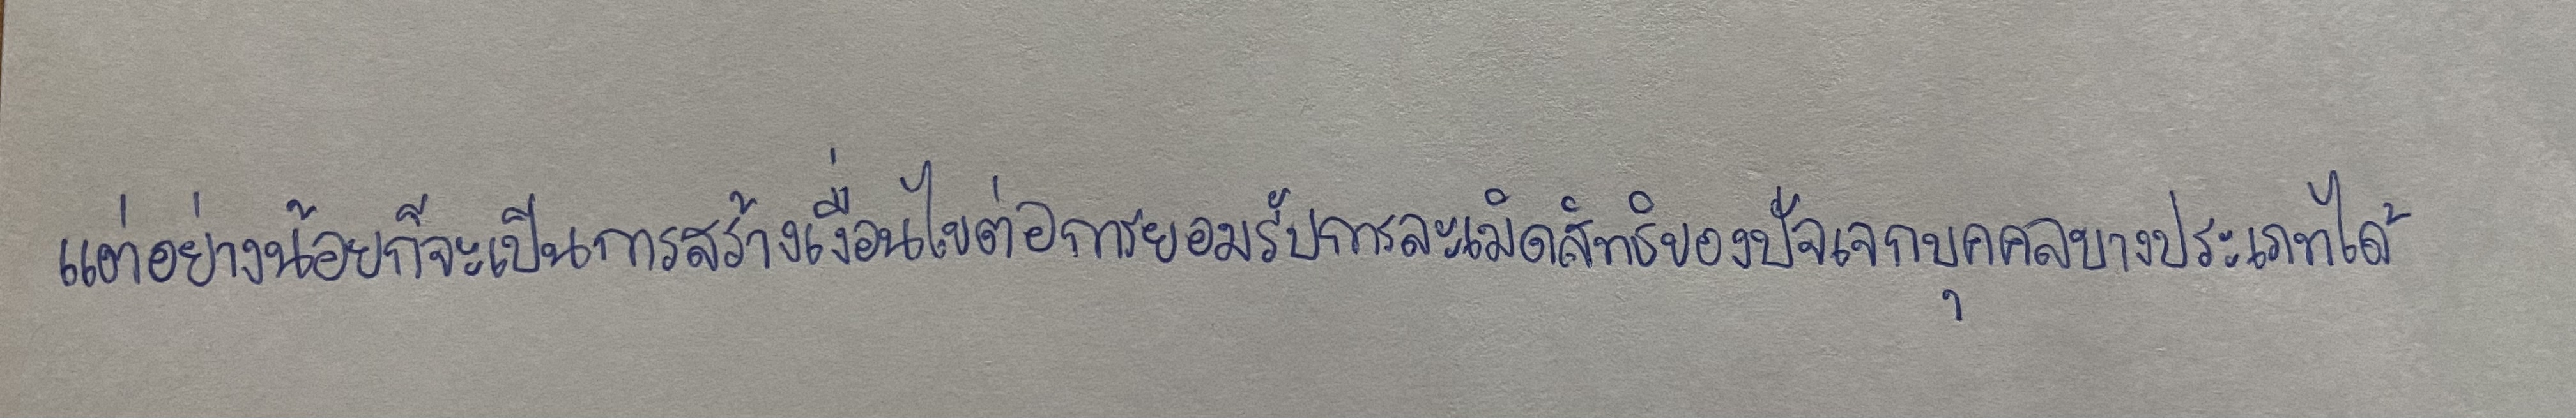
แต่อย่างน้อยก็จะเป็นการสร้างเงื่อนไขต่อการยอมรับการละเมิดสิทธิของปัจเจกบุคคลบางประเภทได้